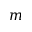
m